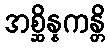
အစ္ဆိန္နကန္တိ